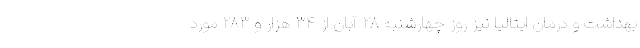
بهداشت و درمان ایتالیا نیز روز چهارشنبه ۲۸ آبان از ۳۴ هزار و ۲۸۳ مورد